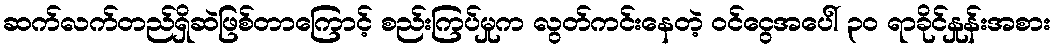
ဆက်လက်တည်ရှိဆဲဖြစ်တာကြောင့် စည်းကြပ်မှုက လွတ်ကင်းနေတဲ့ ဝင်ငွေအပေါ် ၃၀ ရာခိုင်နှုန်းအစား